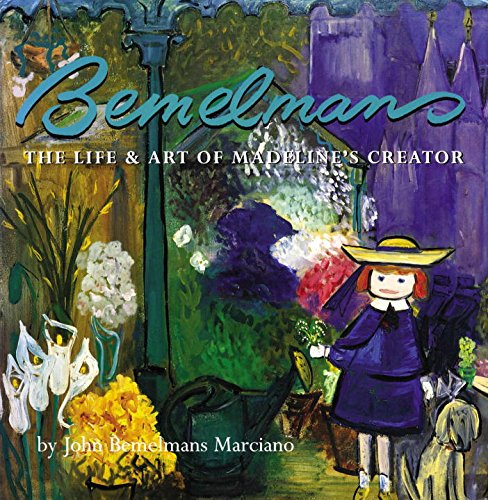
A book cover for Bemelmans: The Life and Art of Madeline's Creator; John Bemelmans Marciano; Teen & Young Adult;